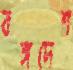
বঙ্গদেশ